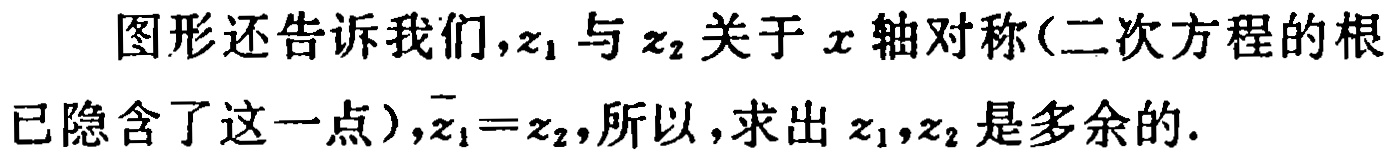
图形还告诉我们，\(z_1\)与\(z_2\)关于\(x\)轴对称(二次方程的根已隐含了这一点)，\(\overline{z_1}=z_2\)，所以，求出\(z_1,z_2\)是多余的.